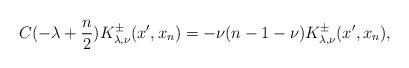
LaTeX: \begin{align*} C(-\lambda+\frac n2) K^\pm_{\lambda,\nu}(x^\prime,x_n)=-\nu(n-1-\nu)K^\pm_{\lambda,\nu}(x^\prime,x_n), \end{align*}